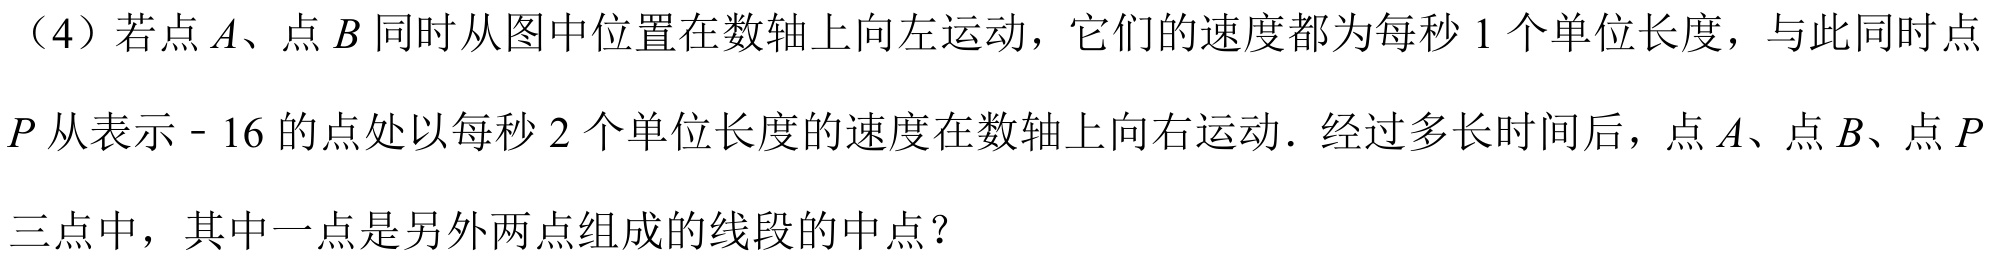
（4）若点\(A\)、点\(B\)同时从图中位置在数轴上向左运动，它们的速度都为每秒\(1\)个单位长度，与此同时点\(P\)从表示\(-16\)的点处以每秒\(2\)个单位长度的速度在数轴上向右运动．经过多长时间后，点\(A\)、点\(B\)、点\(P\)三点中，其中一点是另外两点组成的线段的中点？